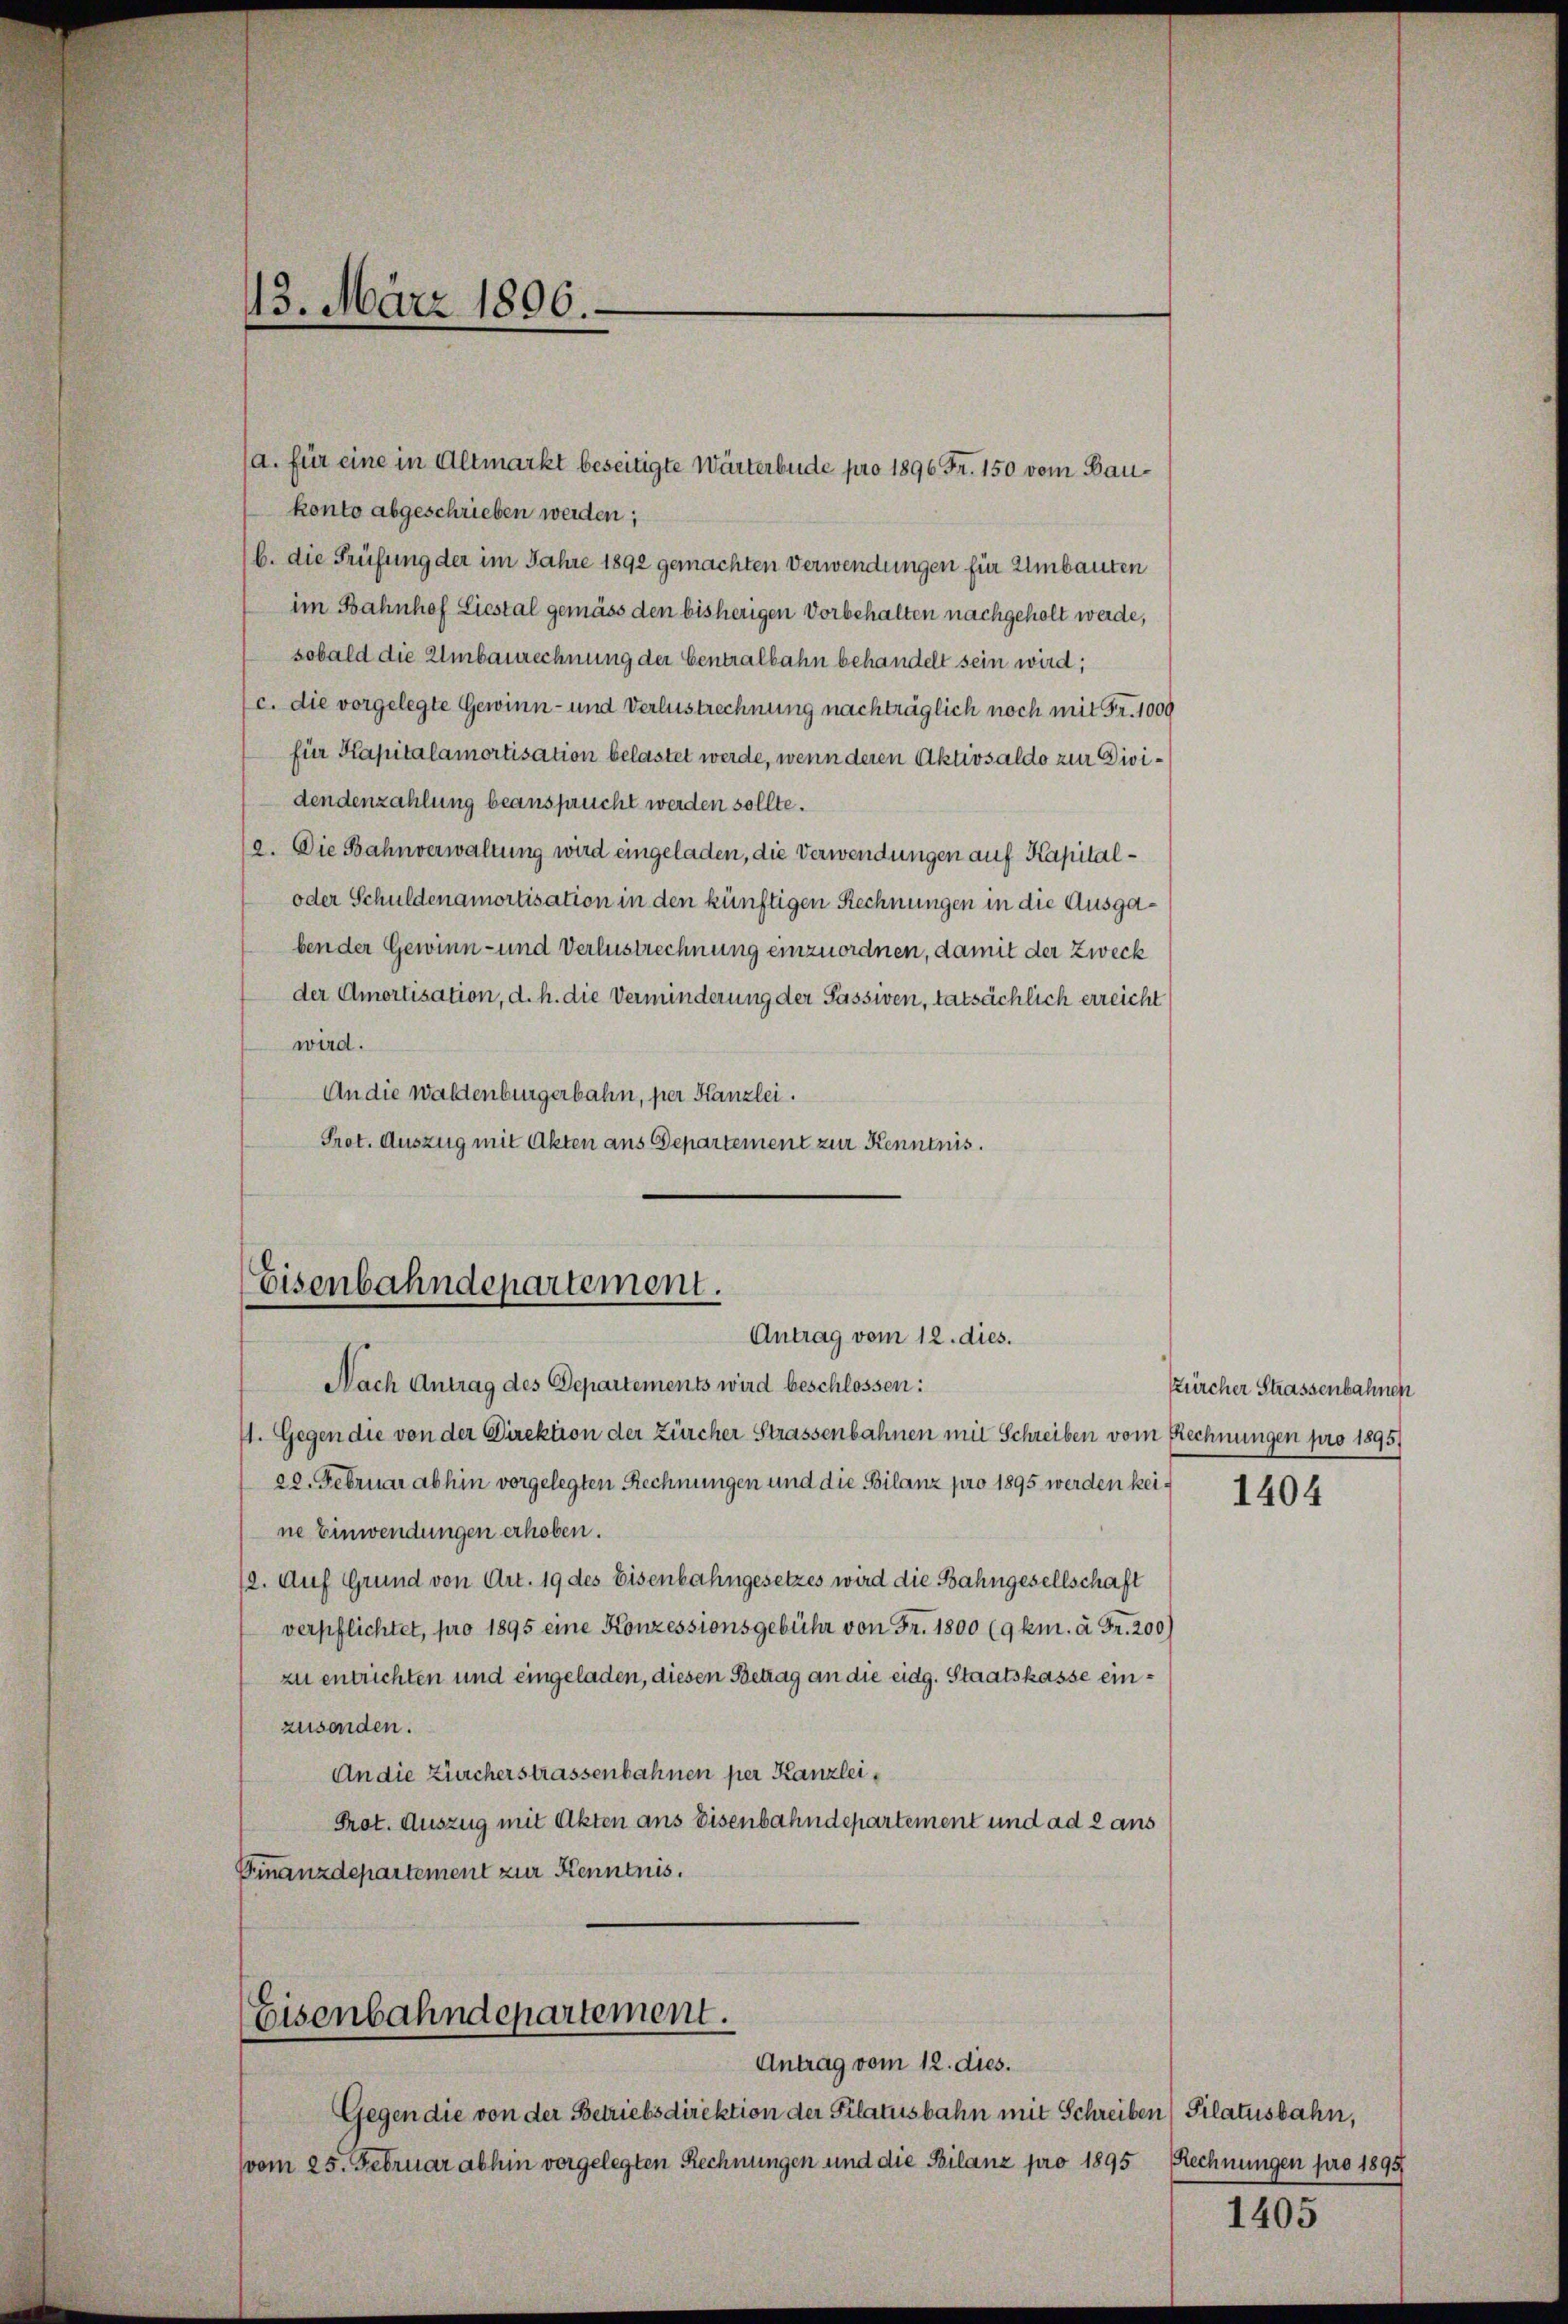
a. für eine in Altmarkt beseitigte Wärterbude pro 1896 Fr. 150 vom Baukonto abgeschrieben werden;
b. die Prüfung der im Jahre 1892 gemachten Verwendungen für Umbauten
im Bahnhof Liestal gemäss den bisherigen Vorbehalten nachgeholt werde,
sobald die Umbaurechnung der Centralbahn behandelt sein wird;
(c. die vorgelegte Gewinn- und Verlustrechnung nachträglich noch mit Fr. 1009
für Kapitalamortisation belastet werde, wenn deren Aktivsaldo zur Dividendenzahlung beansprucht werden sollte.
(a. Die Bahnverwaltung wird eingeladen, die Verwendungen auf Kapital¬
oder Schuldenamortisation in den künftigen Rechnungen in die Ausgaben der Gewinn- und Verlustrechnung einzuordnen, damit der Zweck
der Amortisation, d. h. die Verminderung der Passiven, tatsächlich erreicht
wird.
An die Waldenburgerbahn, per Kanzlei.
Prot. Auszug mit Akten aus Departement zur Kenntnis.

43. März 1896.

Eisenbahndepartement.
Antrag vom 12. dies.

Nach Antrag des Departements wird beschlossen:
11. Gegen die von der Direktion der Zürcher Strassenbahnen mit Schreiben vom Rechnungen pro 1895
22. Februar abhin vorgelegten Rechnungen und die Bilanz pro 1895 werden keine Einwendungen erhoben.
12. Auf Grund von Art. 19 des Eisenbahngesetzes wird die Bahngesellschaft
verpflichtet, pro 1895 eine Konzessionsgebühr von Fr. 1800 (9 km. à Fr. 200)
zu entrichten und eingeladen, diesen Betrag an die eidg. Staatskasse einzusonden.
An die Zürcherstrassenbahnen per Kanzlei¬
Prot. Auszug mit Akten ans Eisenbahndepartement und ad 2 aus
Finanzdepartement zur Kenntnis.

Eisenbahndepartement.
Antrag vom 12. dies.

Gegen die von der Betriebsdirektion der Pilatusbahn mit Schreiben Pilatusbahn,
vom 25. Februar abhin vorgelegten Rechnungen und die Bilanz pro 1895

Zürcher Strassenbahnen

1404

Rechnungen pro 1895

1405